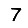
Digit: 7